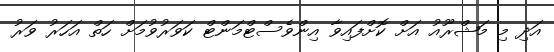
އަދި މި މަޝްރޫއު އަށް ކޮށްފައިވާ އިންވެސްޓްމަންޓް ކަވަރުވުމަށް ހަތް އަހަރު ވަރު